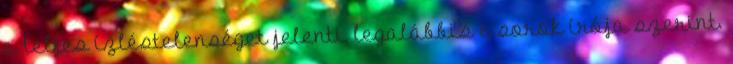
a teljes ízléstelenséget jelenti, legalábbis e sorok írója szerint.